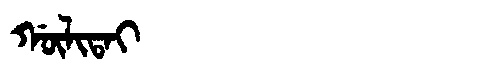
Manchu: ᡤᡡᠯᡳᡨᠠᡳ
Romanization: GŪLITAI